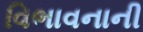
વિભાવનાની